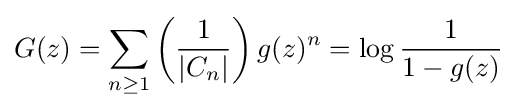
G(z)=\sum _{n\geq 1}\left({\frac {1}{|C_{n}|}}\right)g(z)^{n}=\log {\frac {1}{1-g(z)}}